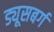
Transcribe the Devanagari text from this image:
ड्यूसबर्ग